Lunatic asylums Bombay report 1878-1890 - 1878-1890
Year: 1878
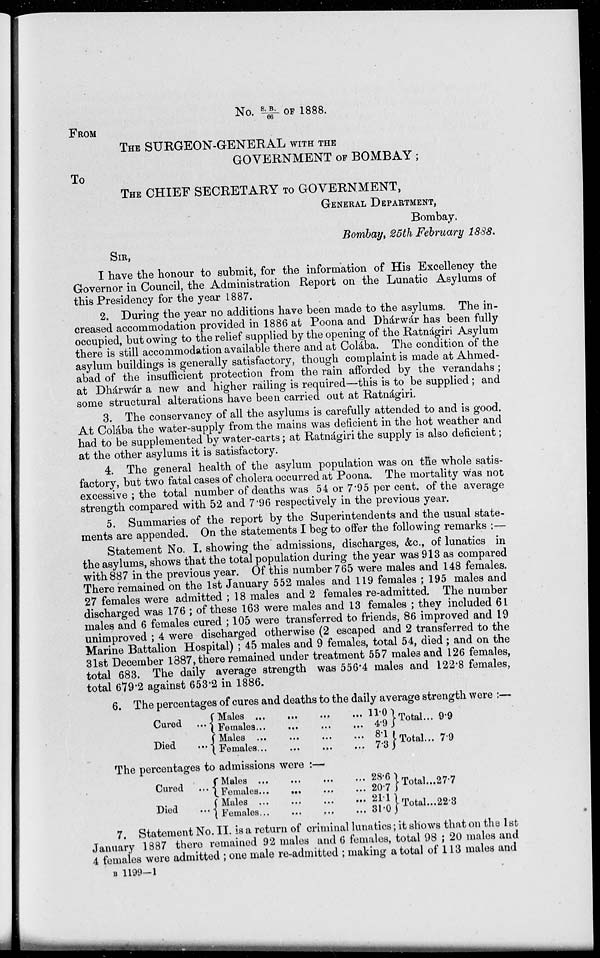
No. S.B/66 OF 1888.
FROM
THE SURGEON-GENERAL WITH THE
GOVERNMENT OF BOMBAY;
TO
THE CHIEF SECRETARY TO GOVERNMENT,
GENERAL DEPARTMENT,
Bombay.
Bombay, 25th February 1888.
SIR,
I have the honour to submit, for the information of His Excellency the
Governor in Council, the Administration Report on the Lunatic Asylums of
this Presidency for the year 1887.
2. During the year no additions have been made to the asylums. The in-
creased accommodation provided in 1886 at Poona and Dhárwár has been fully
occupied, but owing to the relief supplied by the opening of the Ratnágiri Asylum
there is still accommodation available there and at Colába. The condition of the
asylum buildings is generally satisfactory, though complaint is made at Ahmed-
abad of the insufficient protection from the rain afforded by the verandahs ;
at Dhárwár a new and higher railing is required—this is to be supplied; and
some structural alterations have been carried out at Ratnágiri.
3. The conservancy of all the asylums is carefully attended to and is good.
At Colába the water-supply from the mains was deficient in the hot weather and
had to be supplemented by water-carts; at Ratnágiri the supply is also deficient;
at the other asylums it is satisfactory.
4. The general health of the asylum population was on the whole satis-
factory, but two fatal cases of cholera occurred at Poona. The mortality was not
excessive ; the total number of deaths was 54 or 7.95 per cent. of the average
strength compared with 52 and 7.96 respectively in the previous year.
5. Summaries of the report by the Superintendents and the usual state-
ments are appended. On the statements I beg to offer the following remarks :—
Statement No. I. showing the admissions, discharges, &c., of lunatics in
the asylums, shows that the total population during the year was 913 as compared
with 887 in the previous year. Of this number 765 were males and 148 females.
There remained on the 1st January 552 males and 119 females ; 195 males and
27 females were admitted ; 18 males and 2 females re-admitted. The number
discharged was 176 ; of these 163 were males and 13 females ; they included 61
males and 6 females cured ; 105 were transferred to friends, 86 improved and 19
unimproved ; 4 were discharged otherwise (2 escaped and 2 transferred to the
Marine Battalion Hospital) ; 45 males and 9 females, total 54, died ; and on the
31st December 1887, there remained under treatment 557 males and 126 females,
total 683. The daily average strength was 556.4 males and 122.8 females,
total 679.2 against 653.2 in 1886.
6. The percentages of cures and deaths to the daily average strength were :—
Cured ...
Died
...
Males ... ... ... ...
Females ... ... ... ...
Males...
...
...
...
Females...
...
...
...
11.0
4.9
8.1
7.3
Total...
Total...
9.9
7.9
The percentages to admissions were :—
Cured ...
Died
...
Males
...
...
...
...
Females...
... ... ...
Males ... ... ... ...
Females ... ... ... ...
28.6
20.7
21.1
31.0
Total ...
Total...
27.7
22.3
7. Statement No. II. is a return of criminal lunatics; it shows that on the 1st
January 1887 there remained 92 males and 6 females, total 98 ; 20 males and
4 females were admitted ; one male re-admitted ; making a total of 113 males and
B 1199—1